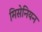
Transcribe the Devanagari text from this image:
मिसेनियन